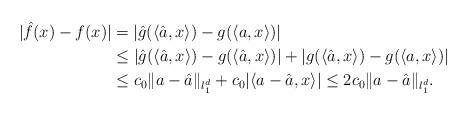
LaTeX: \begin{align*}\vert \hat f(x)-f(x)\vert&=\vert \hat g(\langle\hat a,x\rangle)-g(\langle a,x\rangle)\vert\\&\leq\vert \hat g(\langle\hat a,x\rangle)-g(\langle\hat a,x\rangle)\vert+\vert g(\langle\hat a,x\rangle)-g(\langle a,x\rangle)\vert\\&\leq c_0\|a-\hat a\|_{l_1^d}+c_0\vert\langle a-\hat a,x\rangle\vert\leq 2c_0\|a-\hat a\|_{l_1^d}.\end{align*}